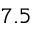
7 . 5